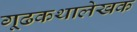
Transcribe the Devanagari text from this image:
गूढकथालेखक